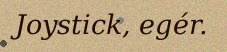
Joystick, egér.